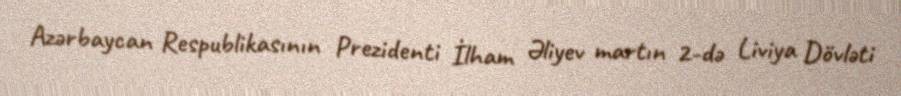
Azərbaycan Respublikasının Prezidenti İlham Əliyev martın 2-də Liviya Dövləti